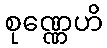
စုဏ္ဏေဟိ